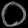
Digit: ၀